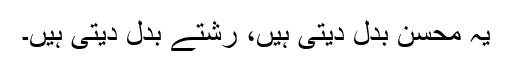
یہ محسن بدل دیتی ہیں، رشتے بدل دیتی ہیں۔